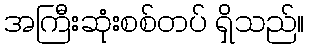
အကြီးဆုံးစစ်တပ် ရှိသည်။